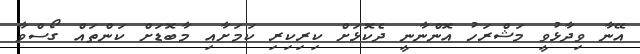
އޭނާ ވިދާޅުވީ މަޝްރަހު އޮންނާނީ ދެކޮޅަށް ކިރިކިރި ކަމަށާއި މާބޮޑަށް ކަންތައް ގޯސްވާ